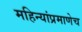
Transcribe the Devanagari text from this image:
महिन्यांप्रमाणेच